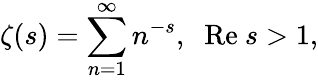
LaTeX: \zeta(s)=\sum_{n=1}^{\infty}n^{-s},\; \; \mathrm{Re}~s>1,